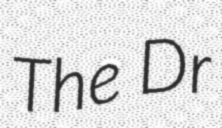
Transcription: The Dr